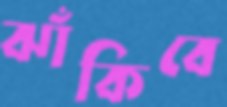
ঝাঁকিবে